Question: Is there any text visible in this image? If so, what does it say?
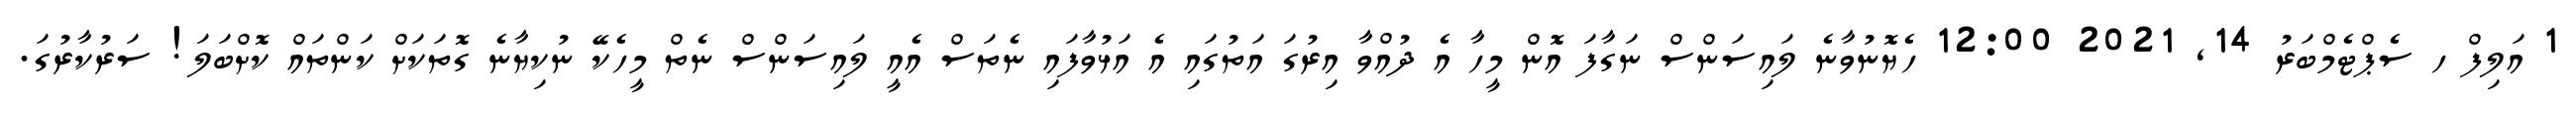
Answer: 1 އަލިފް ހ ސެޕްޓެމްބަރު 14, 2021 12:00 ހެޔޮނުވާނެ ލައިސަންސް ނަގާފަ އޮން މީހާ އެ ދުއްވާ އިރުގަ އަތުގައި އެ އަޅުވާފައި ނެތަސް އެއީ ލައިސަންސް ނެތް މީހެކޭ ނުކިޔާނެ ގޮތަކަށް ކަންތައް ކޮށްބަލަ! ސަރުކާރުގަ.